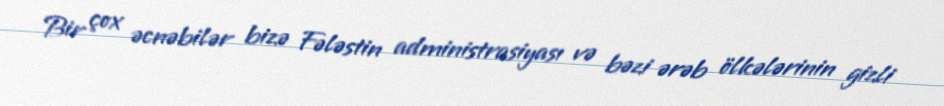
Bir çox əcnəbilər bizə Fələstin administrasiyası və bəzi ərəb ölkələrinin gizli